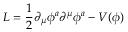
{ \cal L } = { \frac { 1 } { 2 } } \partial _ { \mu } \phi ^ { a } \partial ^ { \mu } \phi ^ { a } - V ( \phi )